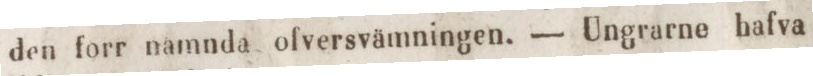
den forr namnda ofversvämningen. — Ungrarne hafva